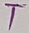
Text: T